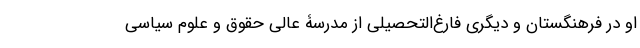
او در فرهنگستان و دیگری فارغ‌التحصیلی از مدرسۀ عالی حقوق و علوم سیاسی